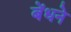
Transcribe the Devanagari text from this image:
बेंधने